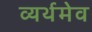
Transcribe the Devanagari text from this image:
व्यर्थमेव